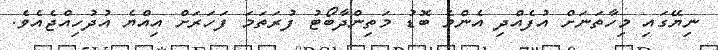
ނިޔޭގައި މިހާތަނަށް އުފެއްދި އެންމެ ބޮޑު މަތިންދާބޯޓު ފުރަތަމަ ފަހަރަށް އިއްޔެ އުދުހިއްޖެއެވެ.